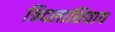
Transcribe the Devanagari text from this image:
त्रिदलाशिवाय